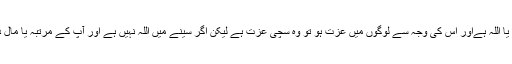
جھوٹی عزت کو سمجھنے سے پہلے سچی عزت کیا ہے یہ سمجھ لیں ، اگر سینے میں سیدنا گوہر شاہی یا اللہ ہےاور اس کی وجہ سے لوگوں میں عزت ہو تو وہ سچی عزت ہے لیکن اگر سینے میں اللہ نہیں ہے اور آپ کے مرتبہ یا مال دولت کی وجہ سے لوگ عزت کر رہے ہیں تو ایسی عزت جھوٹی ہے اور اس سے نفس طاقت ور ہو گا۔